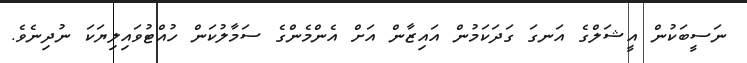
ނަސީބަކުން އީޝަލްގެ އަނގަ ގަދަކަމުން އައިޒާން އަށް އެންމެންގެ ސަމާލުކަން ހުއްޓުވައިލިޔަކަ ނުދިނެވެ.